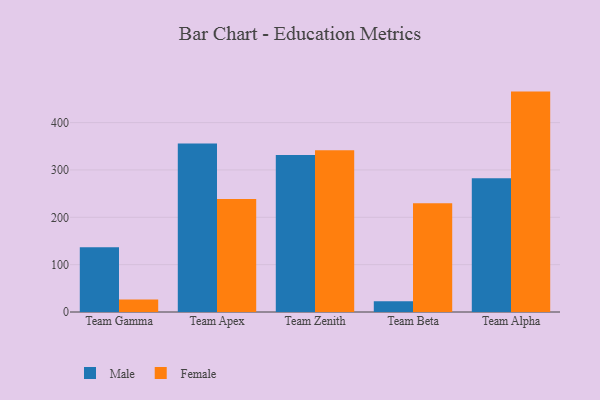
{"axis": {"x": "Team", "y": "Population (Million)"}, "legend": ["Female", "Male"], "data": [{"x": "Team Gamma", "y": 137.0, "type": "Male"}, {"x": "Team Gamma", "y": 26.2, "type": "Female"}, {"x": "Team Apex", "y": 355.7, "type": "Male"}, {"x": "Team Apex", "y": 238.6, "type": "Female"}, {"x": "Team Zenith", "y": 331.8, "type": "Male"}, {"x": "Team Zenith", "y": 341.6, "type": "Female"}, {"x": "Team Beta", "y": 22.9, "type": "Male"}, {"x": "Team Beta", "y": 229.7, "type": "Female"}, {"x": "Team Alpha", "y": 282.4, "type": "Male"}, {"x": "Team Alpha", "y": 465.5, "type": "Female"}]}